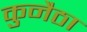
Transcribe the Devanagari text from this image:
कुनैठा